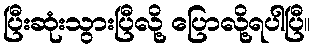
ပြီးဆုံးသွားပြီလို့ ပြောလို့ရပါပြီ။